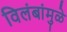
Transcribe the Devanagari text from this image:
विलंबांमुळे